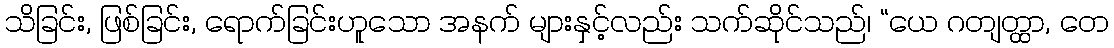
သိခြင်း, ဖြစ်ခြင်း, ရောက်ခြင်းဟူသော အနက် များနှင့်လည်း သက်ဆိုင်သည်၊ “ယေ ဂတျတ္ထာ, တေ